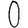
Digit: 0